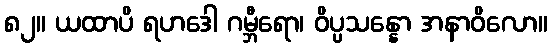
၈၂။ ယထာပိ ရဟဒေါ ဂမ္ဘီရော၊ ဝိပ္ပသန္နော အနာဝိလော။